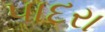
પાદરા